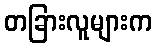
တခြားလူများက